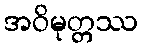
အဝိမုတ္တဿ